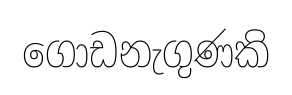
ගොඩනැගුණකි